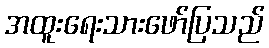
အထူးရေးသားဖော်ပြသည်